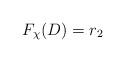
LaTeX: \begin{align*}F_\chi(D)=r_2\end{align*}